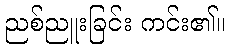
ညစ်ညူးခြင်း ကင်း၏။